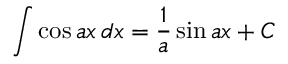
\int \cos a x \, d x = { \frac { 1 } { a } } \sin a x + C